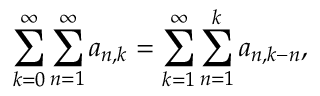
\sum _ { k = 0 } ^ { \infty } \sum _ { n = 1 } ^ { \infty } a _ { n , k } = \sum _ { k = 1 } ^ { \infty } \sum _ { n = 1 } ^ { k } a _ { n , k - n } ,